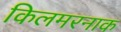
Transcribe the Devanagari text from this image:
किलमरनाक